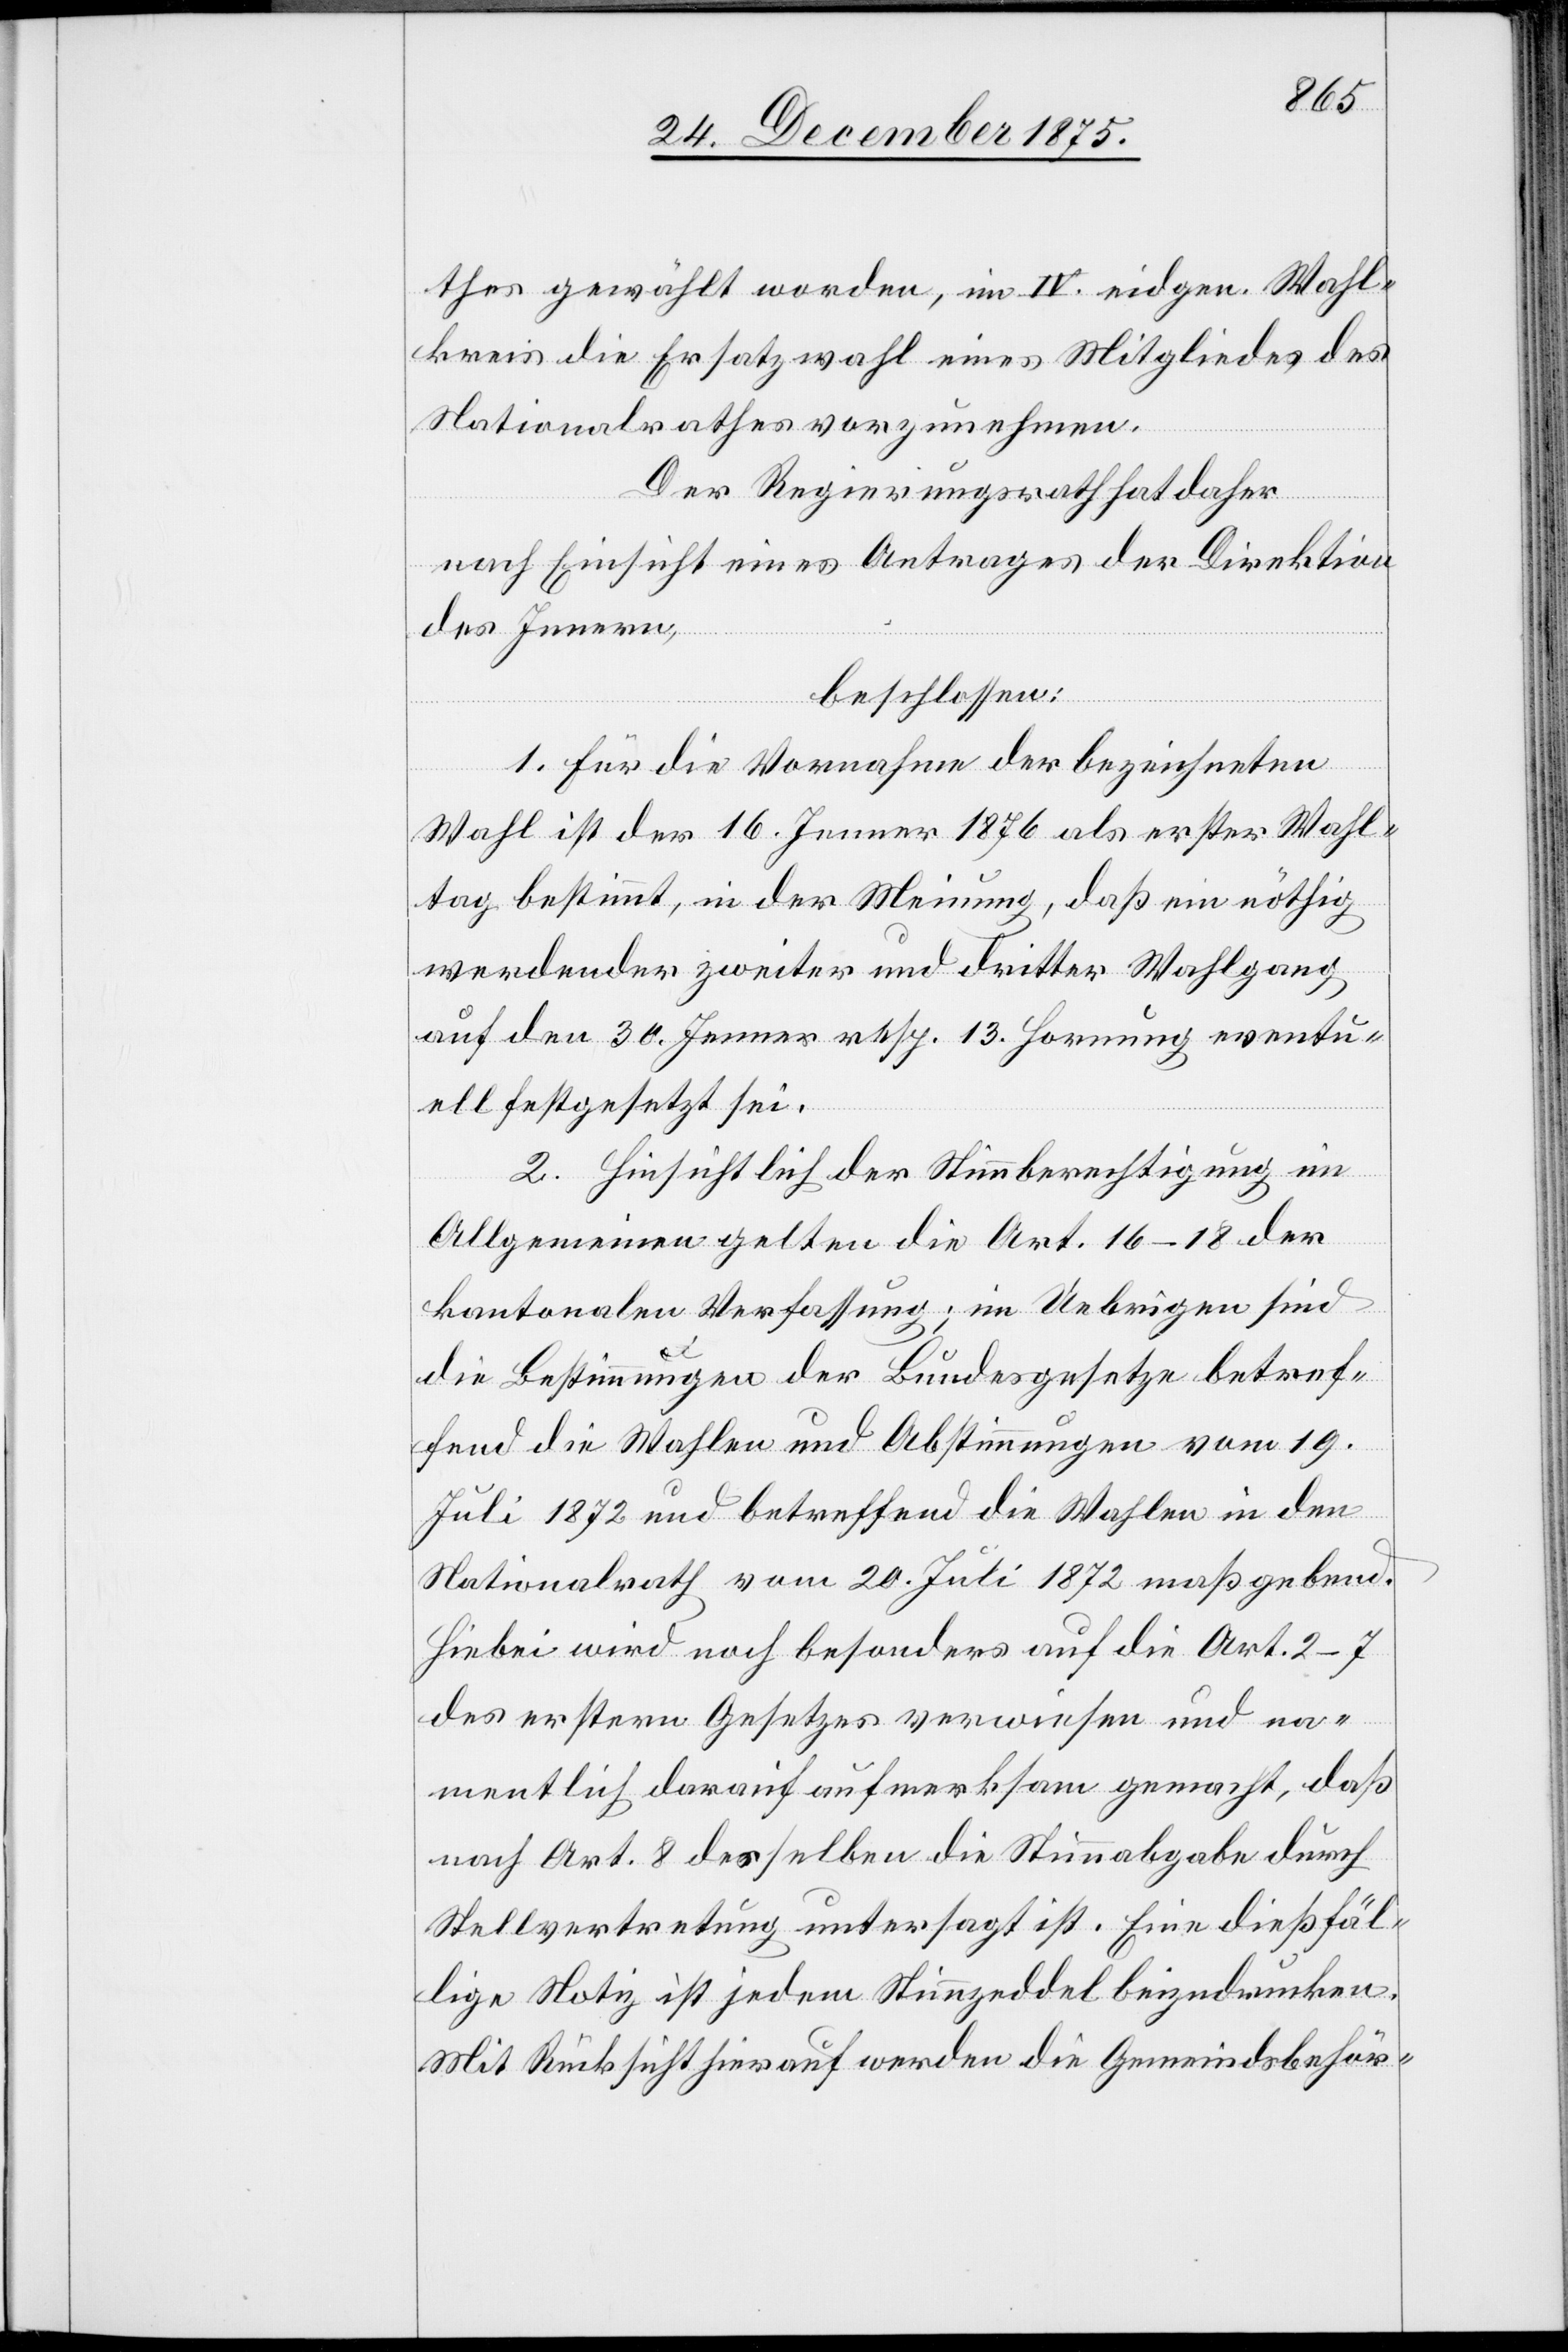
thes gewählt worden, im IV. eidgen. Wahl¬
kreis die Ersatzwahl eines Mitgliedes des
Nationalrathes vorzunehmen.
Der Regierungsrath hat daher
nach Einsicht eines Antrages der Direktion
des Innern,
beschlossen:
1. Für die Vornahme der bezeichneten
Wahl ist der 16. Jenner 1876 als erster Wahl¬
tag bestimmt, in der Meinung, daß ein nöthig
werdender zweiter und dritter Wahlgang
auf den 30. Jenner resp. 13. Hornung eventu¬
ell festgesetzt sei.
2. Hinsichtlich der Stimmberechtigung im
Allgemeinen gelten die Art. 16–18 der
kantonalen Verfassung; im Uebrigen sind
die Bestimmungen des Bundesgesetzes betref¬
fend die Wahlen und Abstimmungen vom 19.
Juli 1872 und betreffend die Wahlen in den
Nationalrath vom 20. Juli 1872 maßgebend.
Hiebei wird noch besonders auf die Art. 2–7
des erstern Gesetzes verwiesen und na¬
mentlich darauf aufmerksam gemacht, daß
nach Art. 8 desselben die Stimmabgabe durch
Stellvertretung untersagt ist. Eine dießfäl¬
lige Notiz ist jedem Stimmzeddel beizudrucken.
Mit Rücksicht hierauf werden die Gemeindsbehör-